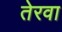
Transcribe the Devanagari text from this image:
तेरवा